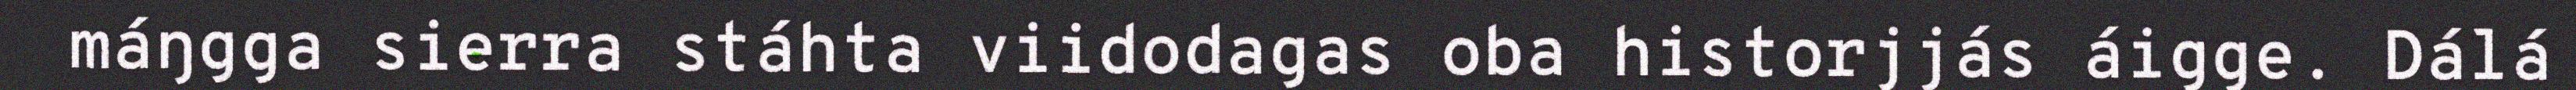
máŋgga sierra stáhta viidodagas oba historjjás áigge. Dálá